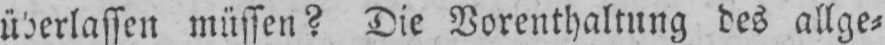
überlassen müssen? Die Vorenthaltung des allge⸗